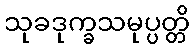
သုခဒုက္ခသမုပ္ပတ္တိ